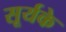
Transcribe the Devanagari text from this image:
सूर्यके